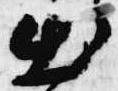
出